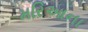
મરિઆના